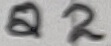
Text: Q2